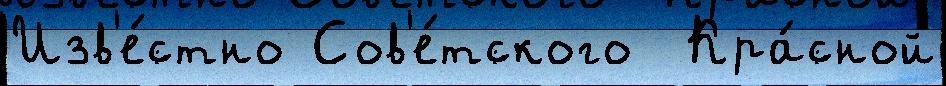
Изв'е́стно Сов'е́тского  Кра́сной